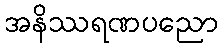
အနိဿရဏပညော